On a parasite found in persons suffering from enlargement of the spleen in India - Number 15
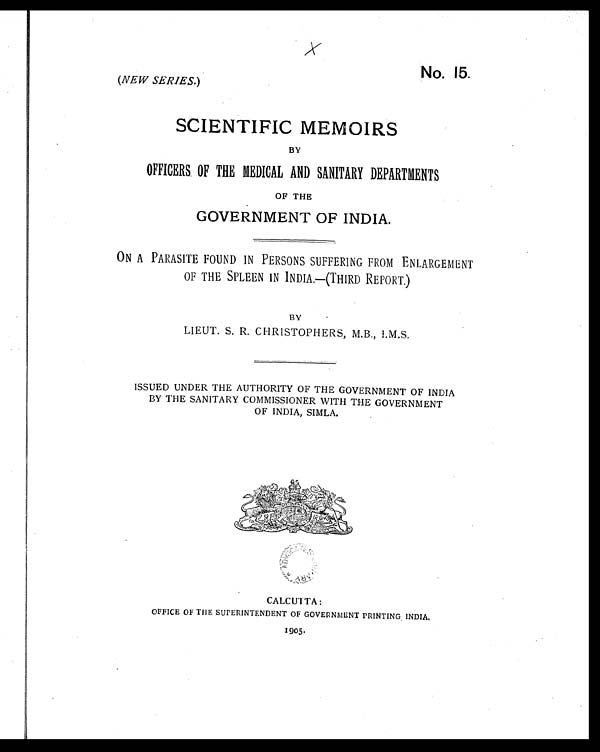
No. 15.
(NEW SERIES. )
SCIENTIFIC MEMOIRS
BY
OFFICERS OF THE MEDICAL AND SANITARY DEPARTMENTS
OF THE
GOVERNMENT OF INDIA.
ON A PARASITE FOUND IN PERSONS SUFFERING FROM ENLARGEMENT
OF THE SPLEEN IN INDIA.—(THIRD REPORT.)
BY
LIEUT. S. R. CHRISTOPHERS, M.B., I.M.S.
ISSUED UNDER THE AUTHORITY OF THE GOVERNMENT OF INDIA
BY THE SANITARY COMMISSIONER WITH THE GOVERNMENT
OF INDIA, SIMLA.
CALCUTTA:
OFFICE OF THE SUPERINTENDENT OF GOVERNMENT PRINTING INDIA
.
1905.